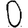
Digit: 0